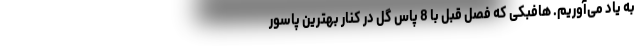
به یاد می‌آوریم. هافبکی که فصل قبل با 8 پاس گل در کنار بهترین پاسور